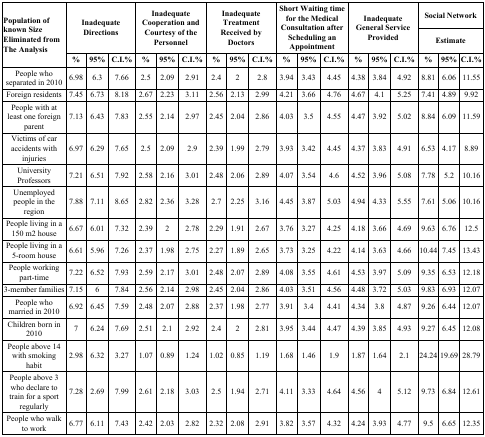
<table><thead><tr><td rowspan="3"><b>Population of known Size Eliminated from The Analysis</b></td><td rowspan="2" colspan="3"><b>Inadequate Directions</b></td><td rowspan="2" colspan="3"><b>Inadequate Cooperation and Courtesy of the Personnel</b></td><td rowspan="2" colspan="3"><b>Inadequate Treatment Received by Doctors</b></td><td rowspan="2" colspan="3"><b>Short Waiting time for the Medical Consultation after Scheduling an Appointment</b></td><td rowspan="2" colspan="3"><b>Inadequate General Service Provided</b></td><td colspan="3"><b>Social Network</b></td></tr><tr><td colspan="3"><b>Estimate</b></td></tr><tr><td><b>%</b></td><td><b>95%</b></td><td><b>C.I.%</b></td><td><b>%</b></td><td><b>95%</b></td><td><b>C.I.%</b></td><td><b>%</b></td><td><b>95%</b></td><td><b>C.I.%</b></td><td><b>%</b></td><td><b>95%</b></td><td><b>C.I.%</b></td><td><b>%</b></td><td><b>95%</b></td><td><b>C.I.%</b></td><td><b>%</b></td><td><b>95%</b></td><td><b>C.I.%</b></td></tr></thead><tbody><tr><td>People who separated in 2010</td><td>6.98</td><td>6.3</td><td>7.66</td><td>2.5</td><td>2.09</td><td>2.91</td><td>2.4</td><td>2</td><td>2.8</td><td>3.94</td><td>3.43</td><td>4.45</td><td>4.38</td><td>3.84</td><td>4.92</td><td>8.81</td><td>6.06</td><td>11.55</td></tr><tr><td>Foreign residents</td><td>7.45</td><td>6.73</td><td>8.18</td><td>2.67</td><td>2.23</td><td>3.11</td><td>2.56</td><td>2.13</td><td>2.99</td><td>4.21</td><td>3.66</td><td>4.76</td><td>4.67</td><td>4.1</td><td>5.25</td><td>7.41</td><td>4.89</td><td>9.92</td></tr><tr><td>People with at least one foreign parent</td><td>7.13</td><td>6.43</td><td>7.83</td><td>2.55</td><td>2.14</td><td>2.97</td><td>2.45</td><td>2.04</td><td>2.86</td><td>4.03</td><td>3.5</td><td>4.55</td><td>4.47</td><td>3.92</td><td>5.02</td><td>8.84</td><td>6.09</td><td>11.59</td></tr><tr><td>Victims of car accidents with injuries</td><td>6.97</td><td>6.29</td><td>7.65</td><td>2.5</td><td>2.09</td><td>2.9</td><td>2.39</td><td>1.99</td><td>2.79</td><td>3.93</td><td>3.42</td><td>4.45</td><td>4.37</td><td>3.83</td><td>4.91</td><td>6.53</td><td>4.17</td><td>8.89</td></tr><tr><td>University Professors</td><td>7.21</td><td>6.51</td><td>7.92</td><td>2.58</td><td>2.16</td><td>3.01</td><td>2.48</td><td>2.06</td><td>2.89</td><td>4.07</td><td>3.54</td><td>4.6</td><td>4.52</td><td>3.96</td><td>5.08</td><td>7.78</td><td>5.2</td><td>10.16</td></tr><tr><td>Unemployed people in the region</td><td>7.88</td><td>7.11</td><td>8.65</td><td>2.82</td><td>2.36</td><td>3.28</td><td>2.7</td><td>2.25</td><td>3.16</td><td>4.45</td><td>3.87</td><td>5.03</td><td>4.94</td><td>4.33</td><td>5.55</td><td>7.61</td><td>5.06</td><td>10.16</td></tr><tr><td>People living in a 150 m2 house</td><td>6.67</td><td>6.01</td><td>7.32</td><td>2.39</td><td>2</td><td>2.78</td><td>2.29</td><td>1.91</td><td>2.67</td><td>3.76</td><td>3.27</td><td>4.25</td><td>4.18</td><td>3.66</td><td>4.69</td><td>9.63</td><td>6.76</td><td>12.5</td></tr><tr><td>People living in a 5-room house</td><td>6.61</td><td>5.96</td><td>7.26</td><td>2.37</td><td>1.98</td><td>2.75</td><td>2.27</td><td>1.89</td><td>2.65</td><td>3.73</td><td>3.25</td><td>4.22</td><td>4.14</td><td>3.63</td><td>4.66</td><td>10.44</td><td>7.45</td><td>13.43</td></tr><tr><td>People working part-time</td><td>7.22</td><td>6.52</td><td>7.93</td><td>2.59</td><td>2.17</td><td>3.01</td><td>2.48</td><td>2.07</td><td>2.89</td><td>4.08</td><td>3.55</td><td>4.61</td><td>4.53</td><td>3.97</td><td>5.09</td><td>9.35</td><td>6.53</td><td>12.18</td></tr><tr><td>3-member families</td><td>7.15</td><td>6</td><td>7.84</td><td>2.56</td><td>2.14</td><td>2.98</td><td>2.45</td><td>2.04</td><td>2.86</td><td>4.03</td><td>3.51</td><td>4.56</td><td>4.48</td><td>3.72</td><td>5.03</td><td>9.83</td><td>6.93</td><td>12.07</td></tr><tr><td>People who married in 2010</td><td>6.92</td><td>6.45</td><td>7.59</td><td>2.48</td><td>2.07</td><td>2.88</td><td>2.37</td><td>1.98</td><td>2.77</td><td>3.91</td><td>3.4</td><td>4.41</td><td>4.34</td><td>3.8</td><td>4.87</td><td>9.26</td><td>6.44</td><td>12.07</td></tr><tr><td>Children born in 2010</td><td>7</td><td>6.24</td><td>7.69</td><td>2.51</td><td>2.1</td><td>2.92</td><td>2.4</td><td>2</td><td>2.81</td><td>3.95</td><td>3.44</td><td>4.47</td><td>4.39</td><td>3.85</td><td>4.93</td><td>9.27</td><td>6.45</td><td>12.08</td></tr><tr><td>People above 14 with smoking habit</td><td>2.98</td><td>6.32</td><td>3.27</td><td>1.07</td><td>0.89</td><td>1.24</td><td>1.02</td><td>0.85</td><td>1.19</td><td>1.68</td><td>1.46</td><td>1.9</td><td>1.87</td><td>1.64</td><td>2.1</td><td>24.24</td><td>19.69</td><td>28.79</td></tr><tr><td>People above 3 who declare to train for a sport regularly</td><td>7.28</td><td>2.69</td><td>7.99</td><td>2.61</td><td>2.18</td><td>3.03</td><td>2.5</td><td>1.94</td><td>2.71</td><td>4.11</td><td>3.33</td><td>4.64</td><td>4.56</td><td>4</td><td>5.12</td><td>9.73</td><td>6.84</td><td>12.61</td></tr><tr><td>People who walk to work</td><td>6.77</td><td>6.11</td><td>7.43</td><td>2.42</td><td>2.03</td><td>2.82</td><td>2.32</td><td>2.08</td><td>2.91</td><td>3.82</td><td>3.57</td><td>4.32</td><td>4.24</td><td>3.93</td><td>4.77</td><td>9.5</td><td>6.65</td><td>12.35</td></tr></tbody></table>